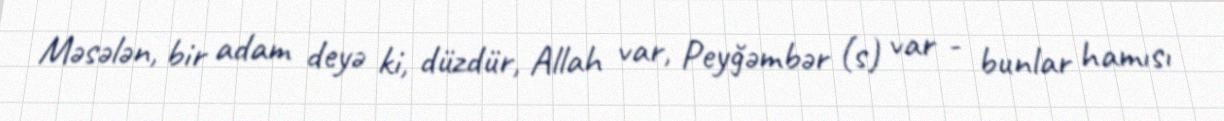
Məsələn, bir adam deyə ki, düzdür, Allah var, Peyğəmbər (s) var - bunlar hamısı